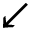
\swarrow